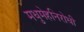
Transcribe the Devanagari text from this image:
मधुमेहनिरोधी